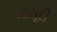
બાસૂદી